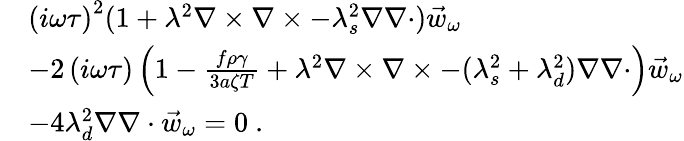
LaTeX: \begin{array}{rl}&{\left(i\omega\tau\right)^{2}(1+\lambda^{2}\nabla\times\nabla\times-\lambda_{s}^{2}\nabla\nabla\cdot)\vec{w}_{\omega}}\\ &{-2\left(i\omega\tau\right)\left(1-\frac{f\rho\gamma}{3a\zeta T}+\lambda^{2}\nabla\times\nabla\times-(\lambda_{s}^{2}+\lambda_{d}^{2})\nabla\nabla\cdot\right)\vec{w}_{\omega}}\\ &{-4\lambda_{d}^{2}\nabla\nabla\cdot\vec{w}_{\omega}=0\ .}\end{array}